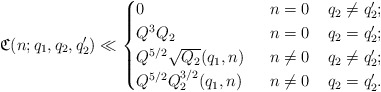
\begin{align*}\mathfrak{C}(n;q_1,q_2,q_2')\ll\begin{cases}0 &\;\;n=0\;\;\;\;q_2\neq q_2';\\Q^3Q_2 &\;\;n=0\;\;\;\;q_2=q_2';\\Q^{5/2}\sqrt{Q_2}(q_1,n) &\;\;n\neq 0\;\;\;\;q_2\neq q_2';\\Q^{5/2}Q_2^{3/2}(q_1,n) &\;\;n\neq 0\;\;\;\;q_2=q_2'.\end{cases}\end{align*}